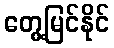
တွေ့မြင်နိုင်